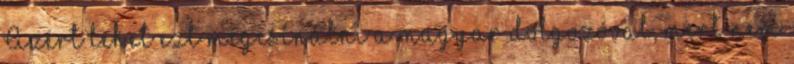
Azért lehet ezt megcsinálni a magyar dolgozóval, mert nem